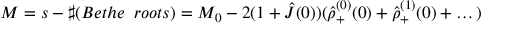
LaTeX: M = s - \sharp ( B e t h e \; \; r o o t s ) = M _ { 0 } - 2 ( 1 + \hat { J } ( 0 ) ) ( \hat { \rho } _ { + } ^ { ( 0 ) } ( 0 ) + \hat { \rho } _ { + } ^ { ( 1 ) } ( 0 ) + \dots )